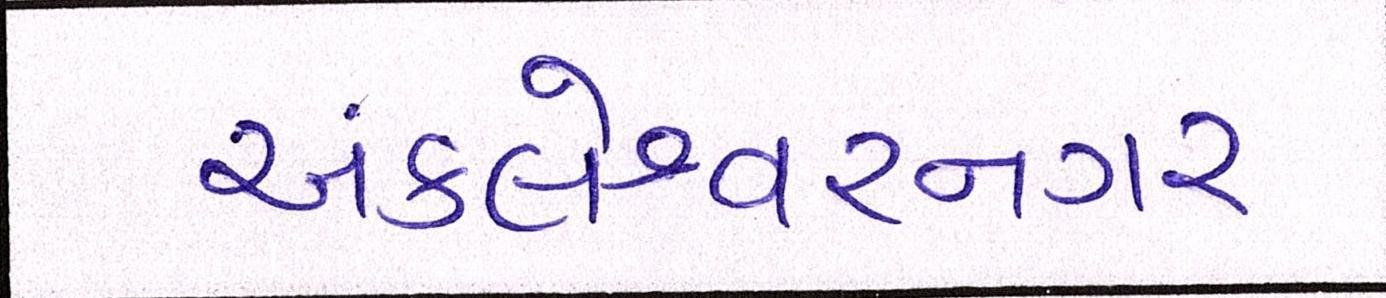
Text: અંકલેશ્વરનગર